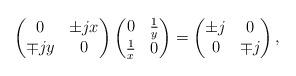
LaTeX: \begin{align*}\begin{pmatrix} 0 & \pm j x \\ \mp j y & 0 \end{pmatrix} \begin{pmatrix} 0 & \frac{1}{y} \\ \frac{1}{x} & 0 \end{pmatrix} = \begin{pmatrix} \pm j & 0 \\ 0 & \mp j \end{pmatrix},\end{align*}